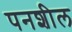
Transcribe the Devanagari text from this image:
पनशील